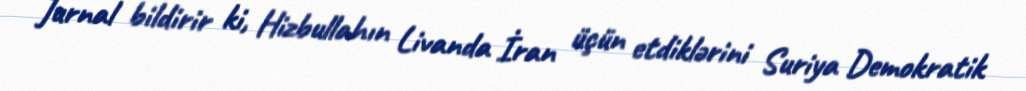
Jurnal bildirir ki, Hizbullahın Livanda İran üçün etdiklərini Suriya Demokratik